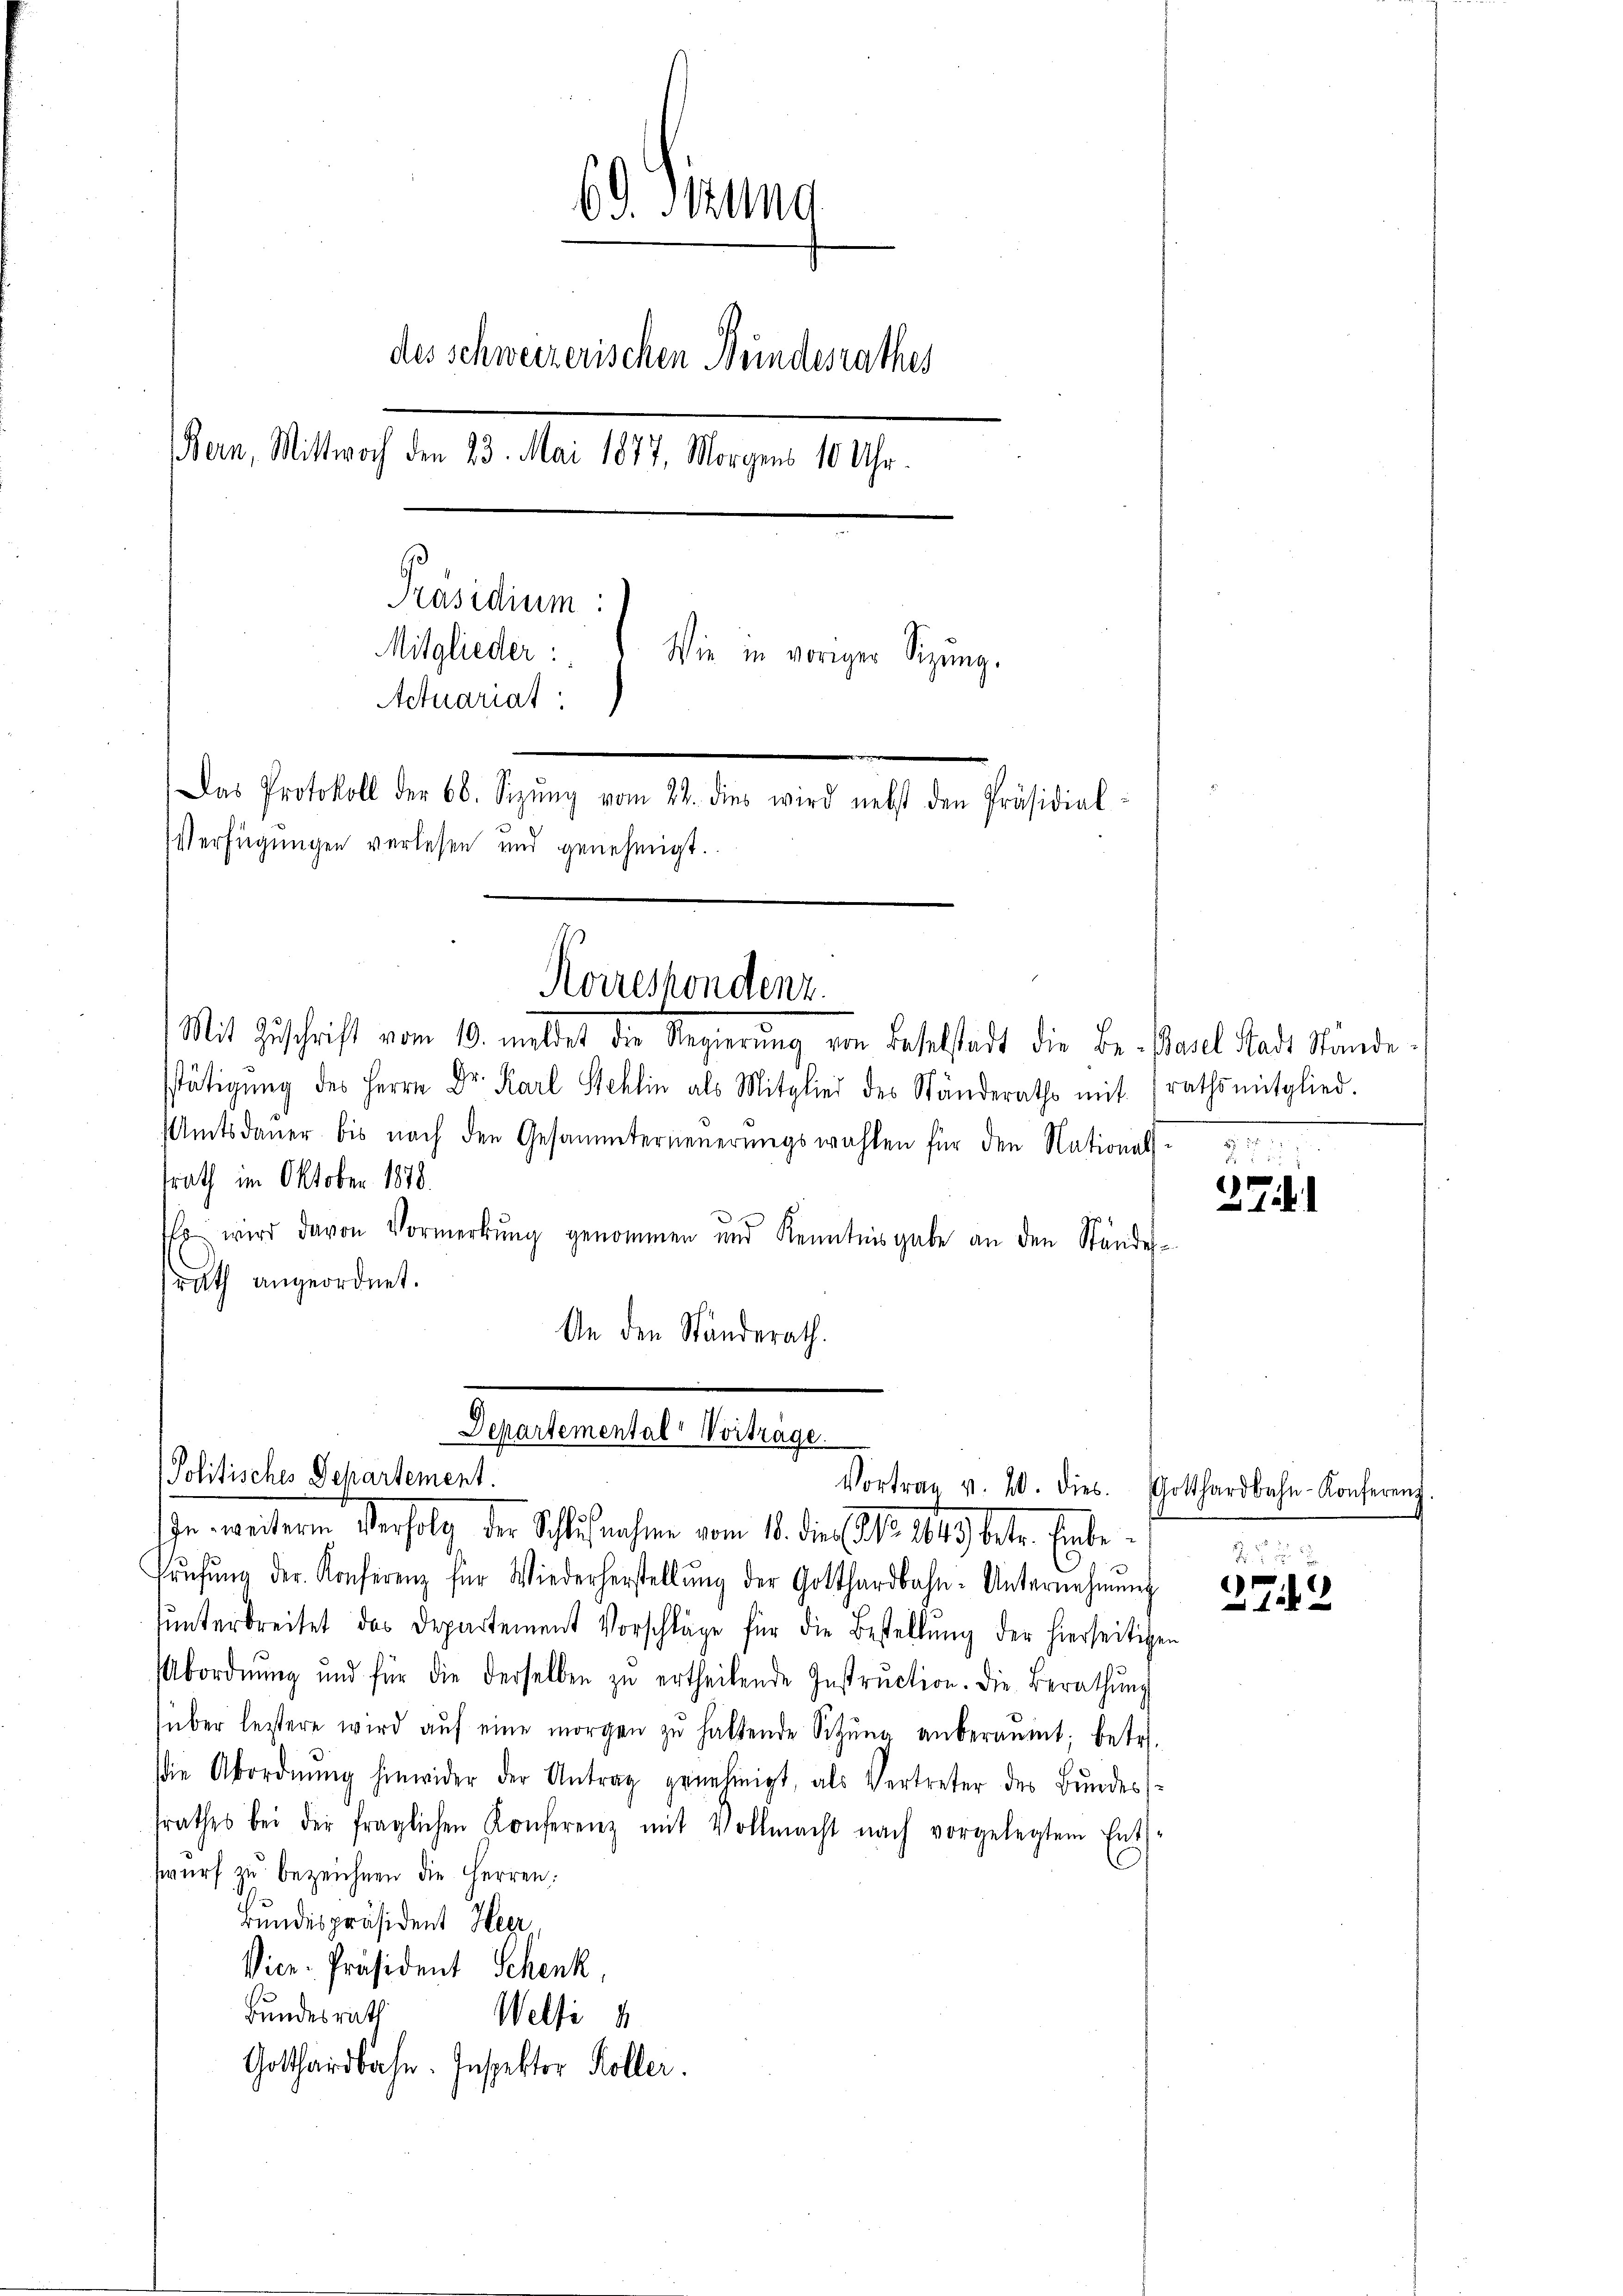
6. Firung
des schweizerischen Bundesrathes
Bern, Mittwoch den 23. Mai 1877, Morgens 10 Uhr.
Präsidium:
Mitglieder:
Wie in voriger Sitzung.
Actuariat

Das Protokoll der 68. Sizŭng vom 22. dies wird nebst den Präsidial-
Verfügungen verlesen und genehmigt.

Mit Zuschrift vom 10. meldet die Regierŭng von Baselstadt die Be-Basel Stadt Stände.
sstätigung des Herrn Dr. Karl Stehlin als Mitglied des Ständeraths mit rathsmitglied.
Amtsdauer bis nach den Gesammterneuerungswahlen für den National
srath im Oktober 1878.
o wird davon Vormerkung genommen und Kenntnisgabe an den Ständerath angeordnet.
An den Ständerath.

Korrespondenz.

Departemental Vortrage.
Politisches Departement.

he weiteren Verfolg der Schlußnahmen vom 14. die (lt. 1849 beten Erbe
Krŭfŭng der Konferenz für Wiederherstellŭng der Gotthardbahn-Unternehmung
ŭnterbreitet das Departement Vorschläge für die Bestellŭng der hierseitigen
Abordnŭng und für die derselben zŭ ertheilende Instruction. Die Berathŭng
über leitere wird aŭf eine morgen zŭ haltende Sitzŭng anberaumt; betr.
die Abordnŭng hinwider der Antrag genehmigt, als Vertreter des Bundessrathes bei der fraglichen Konferenz mit Vollmacht nach vorgelegtem Ent-
swurf zu bezeichnen die Herren:
Bundespräsident Heer
Vice-Präsident Schenk,
Bundesrath
Welti
Gotthardbahn. Inspektor Koller.

Vortrag v. 20. dies. Gotthardbahn-Konferenz

d

27
27.

25
279